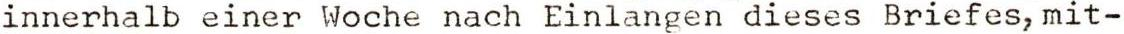
innerhalb einer Woche nach Einlangen dieses Briefes, mit-